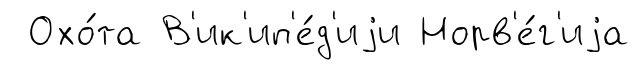
Охо́та В'ик'ип'е́д'иjи Норв'е́г'иjа